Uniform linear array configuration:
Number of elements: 4
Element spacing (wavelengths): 0.5
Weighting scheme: blackman
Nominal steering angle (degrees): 15
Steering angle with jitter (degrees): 16.058
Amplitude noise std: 0.05
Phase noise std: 0.05

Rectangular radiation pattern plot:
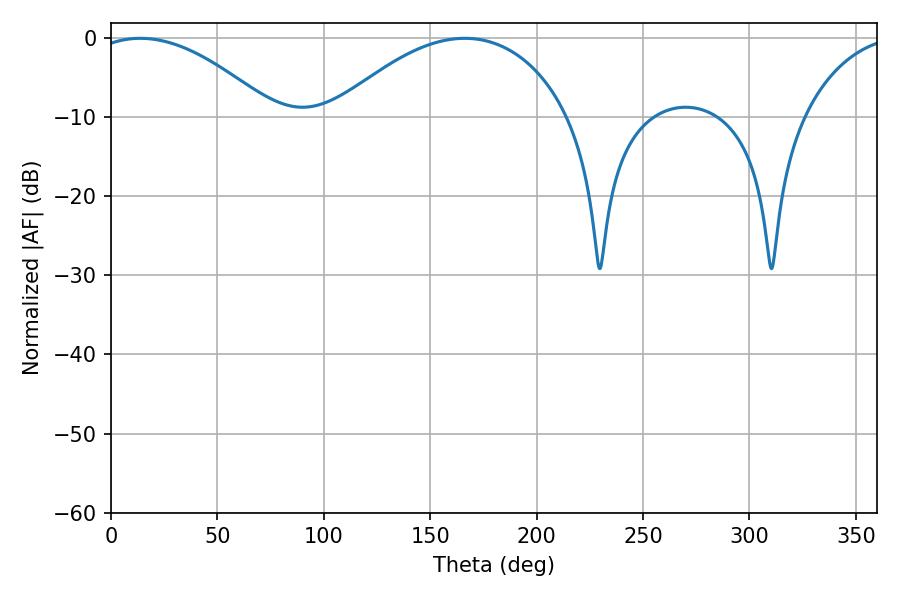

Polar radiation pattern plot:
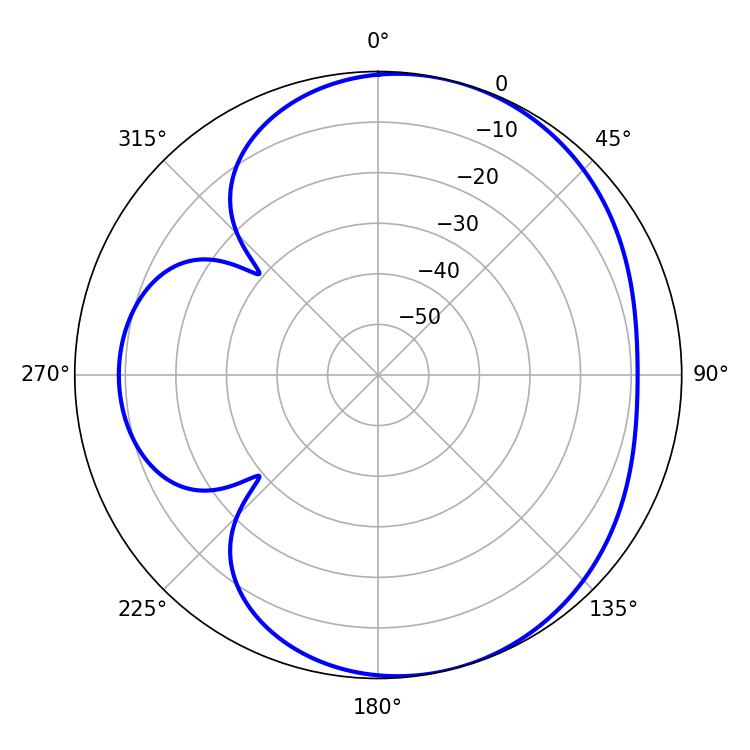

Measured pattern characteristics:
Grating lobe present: FALSE
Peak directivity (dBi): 5.179
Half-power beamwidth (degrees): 62.64
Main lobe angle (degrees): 166.32